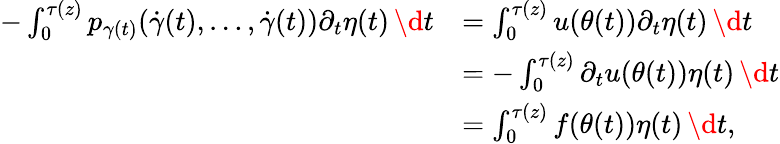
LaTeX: \begin{array}{rl}{-\int_{0}^{\tau(z)}p_{\gamma(t)}(\dot{\gamma}(t),\dots,\dot{\gamma}(t))\partial_{t}\eta(t)\, \d t}&{=\int_{0}^{\tau(z)}u(\theta(t))\partial_{t}\eta(t)\, \d t}\\ &{=-\int_{0}^{\tau(z)}\partial_{t}u(\theta(t))\eta(t)\, \d t}\\ &{=\int_{0}^{\tau(z)}f(\theta(t))\eta(t)\, \d t,}\end{array}